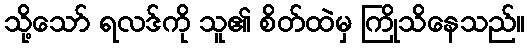
သို့သော် ရလဒ်ကို သူ၏ စိတ်ထဲမှ ကြိုသိနေသည်။